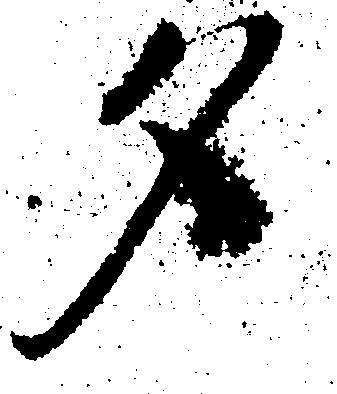
夕